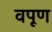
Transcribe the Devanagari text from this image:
वपूण